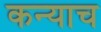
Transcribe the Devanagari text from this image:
कन्याच